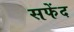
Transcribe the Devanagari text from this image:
सफेंद